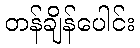
တန်ချိန်ပေါင်း